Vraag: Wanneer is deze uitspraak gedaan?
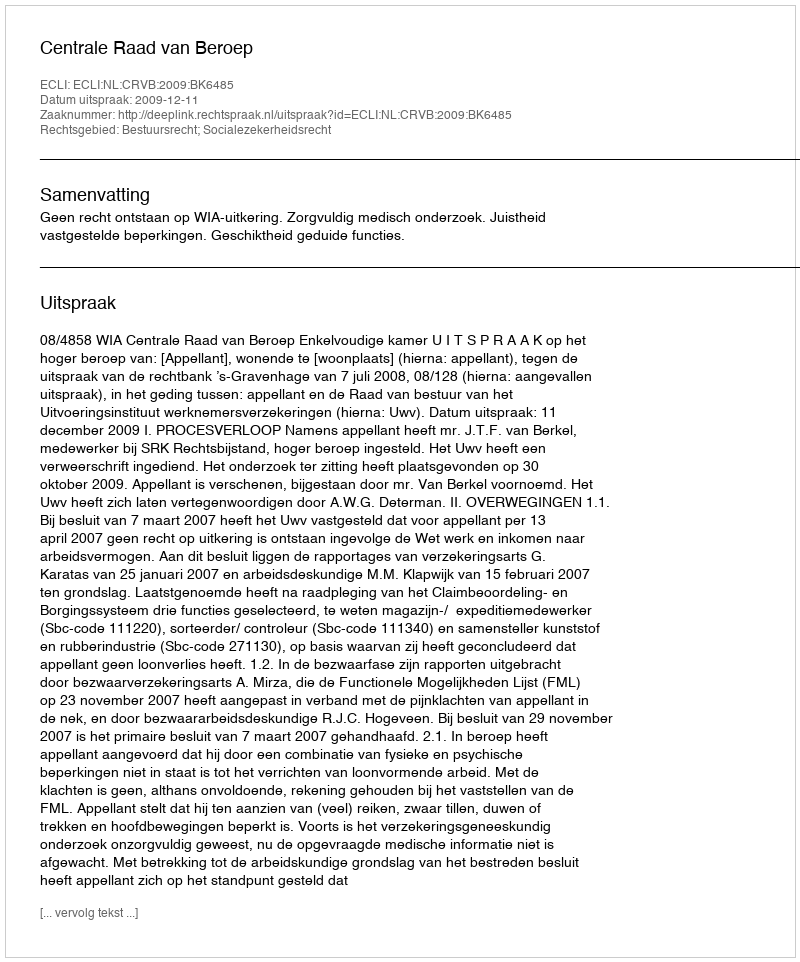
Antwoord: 2009-12-11